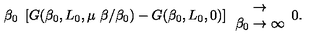
\beta _ { 0 } \ \left[ G ( \beta _ { 0 } , L _ { 0 } , \mu \ \beta / \beta _ { 0 } ) - G ( \beta _ { 0 } , L _ { 0 } , 0 ) \right] \begin{array} { c } { \rightarrow } \\ { \beta _ { 0 } \rightarrow \infty } \\ \end{array} 0 .